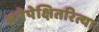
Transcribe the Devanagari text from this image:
अनेपेक्षितरित्या